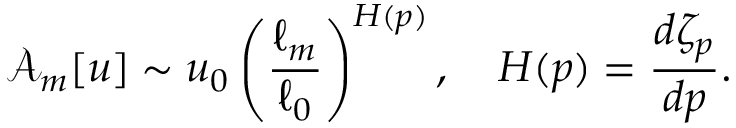
\mathcal { A } _ { m } [ u ] \sim u _ { 0 } \left( \frac { \ell _ { m } } { \ell _ { 0 } } \right) ^ { H ( p ) } , \quad H ( p ) = \frac { d \zeta _ { p } } { d p } .